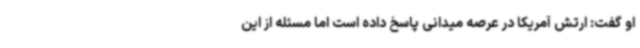
او گفت: ارتش آمریکا در عرصه میدانی پاسخ داده است اما مسئله از این